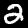
Label: 2